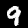
Digit: 9